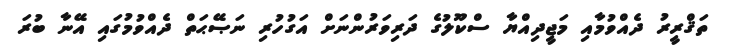
ތަޤްރީރު ދެއްވުމާއި މަޖީދިއްޔާ ސްކޫލުގެ ދަރިވަރުންނަށް އަގުހުރި ނަޞޭޙަތް ދެއްވުމުގައި އޭނާ ބުރަ